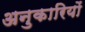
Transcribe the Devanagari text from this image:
अनुकारियों